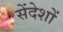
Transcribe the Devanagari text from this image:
सेंदेशों